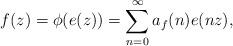
LaTeX: \begin{align*}f(z)=\phi(e(z))=\sum^{\infty}_{n=0}a_f(n)e(nz),\end{align*}